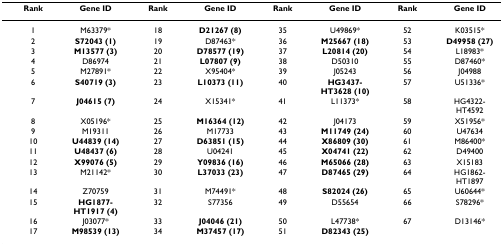
<table><thead><tr><td><b>Rank</b></td><td><b>Gene ID</b></td><td><b>Rank</b></td><td><b>Gene ID</b></td><td><b>Rank</b></td><td><b>Gene ID</b></td><td><b>Rank</b></td><td><b>Gene ID</b></td></tr></thead><tbody><tr><td>1</td><td>M63379*</td><td>18</td><td><b>D21267 (8)</b></td><td>35</td><td>U49869*</td><td>52</td><td>K03515*</td></tr><tr><td>2</td><td><b>S72043 (1)</b></td><td>19</td><td>D87463*</td><td>36</td><td><b>M25667 (18)</b></td><td>53</td><td><b>D49958 (27)</b></td></tr><tr><td>3</td><td><b>M13577 (3)</b></td><td>20</td><td><b>D78577 (19)</b></td><td>37</td><td><b>L20814 (20)</b></td><td>54</td><td>L18983*</td></tr><tr><td>4</td><td>D86974</td><td>21</td><td><b>L07807 (9)</b></td><td>38</td><td>D50310</td><td>55</td><td>D87460*</td></tr><tr><td>5</td><td>M27891*</td><td>22</td><td>X95404*</td><td>39</td><td>J05243</td><td>56</td><td>J04988</td></tr><tr><td>6</td><td><b>S40719 (3)</b></td><td>23</td><td><b>L10373 (11)</b></td><td>40</td><td><b>HG3437-HT3628 (10)</b></td><td>57</td><td>U51336*</td></tr><tr><td>7</td><td><b>J04615 (7)</b></td><td>24</td><td>X15341*</td><td>41</td><td>L11373*</td><td>58</td><td>HG4322-HT4592</td></tr><tr><td>8</td><td>X05196*</td><td>25</td><td><b>M16364 (12)</b></td><td>42</td><td>J04173</td><td>59</td><td>X51956*</td></tr><tr><td>9</td><td>M19311</td><td>26</td><td>M17733</td><td>43</td><td><b>M11749 (24)</b></td><td>60</td><td>U47634</td></tr><tr><td>10</td><td><b>U44839 (14)</b></td><td>27</td><td><b>D63851 (15)</b></td><td>44</td><td><b>X86809 (30)</b></td><td>61</td><td>M86400*</td></tr><tr><td>11</td><td><b>U48437 (6)</b></td><td>28</td><td>U04241</td><td>45</td><td><b>X04741 (22)</b></td><td>62</td><td>D49400</td></tr><tr><td>12</td><td><b>X99076 (5)</b></td><td>29</td><td><b>Y09836 (16)</b></td><td>46</td><td><b>M65066 (28)</b></td><td>63</td><td>X15183</td></tr><tr><td>13</td><td>M21142*</td><td>30</td><td><b>L37033 (23)</b></td><td>47</td><td><b>D87465 (29)</b></td><td>64</td><td>HG1862-HT1897</td></tr><tr><td>14</td><td>Z70759</td><td>31</td><td>M74491*</td><td>48</td><td><b>S82024 (26)</b></td><td>65</td><td>U60644*</td></tr><tr><td>15</td><td><b>HG1877-HT1917 (4)</b></td><td>32</td><td>S77356</td><td>49</td><td>D55654</td><td>66</td><td>S78296*</td></tr><tr><td>16</td><td>J03077*</td><td>33</td><td><b>J04046 (21)</b></td><td>50</td><td>L47738*</td><td>67</td><td>D13146*</td></tr><tr><td>17</td><td><b>M98539 (13)</b></td><td>34</td><td><b>M37457 (17)</b></td><td>51</td><td><b>D82343 (25)</b></td><td></td><td></td></tr></tbody></table>